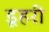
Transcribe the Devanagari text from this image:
डूहरी